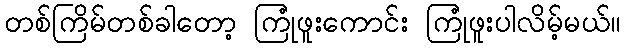
တစ်ကြိမ်တစ်ခါတော့ ကြုံဖူးကောင်း ကြုံဖူးပါလိမ့်မယ်။